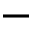
-